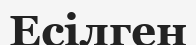
Есілген